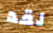
لقد